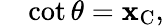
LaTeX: \quad\cot\theta=\mathbf{x}_{\mathrm{{C}}},